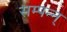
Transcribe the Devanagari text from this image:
सम्पन्न्